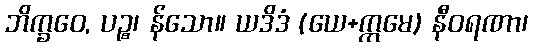
ဘိက္ခဝေ, ပဉ္စ၊ န်သော။ ယဒိဒံ (ယေ+ဣမေ) နီဝရဏာ၊